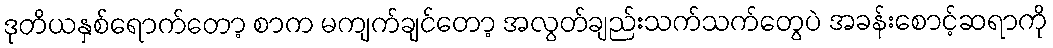
ဒုတိယနှစ်ရောက်တော့ စာက မကျက်ချင်တော့ အလွတ်ချည်းသက်သက်တွေပဲ အခန်းစောင့်ဆရာကို